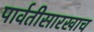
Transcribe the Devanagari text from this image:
पार्वतीसारखाच